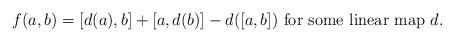
LaTeX: \begin{align*} f(a,b)=[d(a),b]+[a,d(b)]-d([a,b]) \ \mbox{for some linear map} \ d. \end{align*}